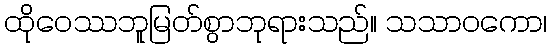
ထိုဝေဿဘူမြတ်စွာဘုရားသည်။ သသာဝကော၊